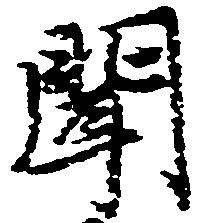
聞